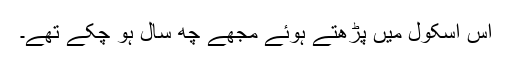
اس اسکول میں پڑھتے ہوئے مجھے چھ سال ہو چکے تھے۔